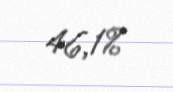
46,1%